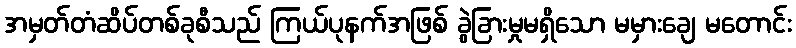
အမှတ်တံဆိပ်တစ်ခုစီသည် ကြယ်ပုနက်အဖြစ် ခွဲခြားမှုမရှိသော မမှားချေ မတောင်း